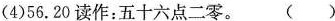
(4)56.20读作：五十六点二零。( )